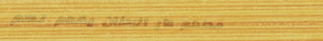
مطعم دار الحنان يقدم لكم